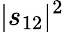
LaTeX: |s_{12}|^{2}